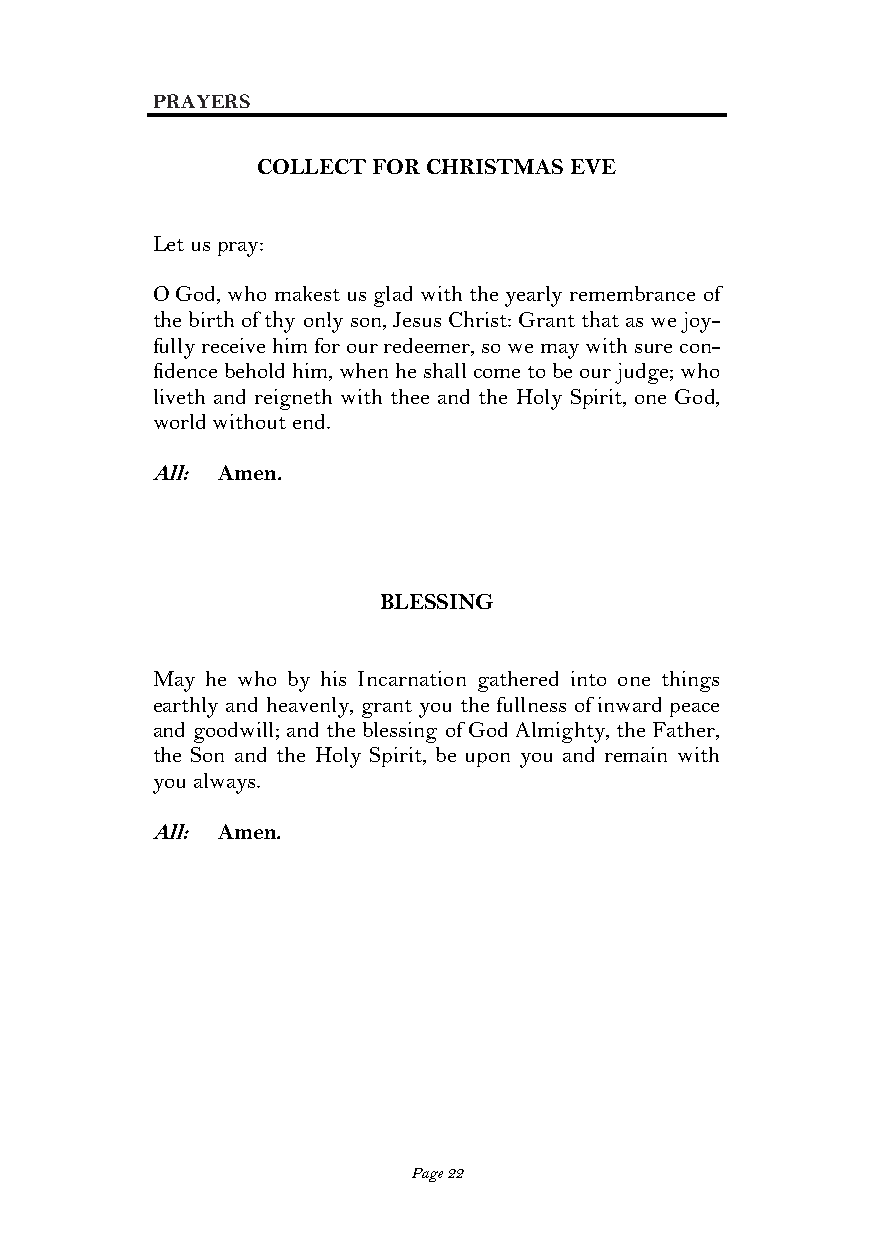
PRAYERS
 COLLECT FOR CHRISTMAS EVE
 Let us pray:
 O God, who makest us glad with the yearly remembrance of
 the birth of thy only son, Jesus Christ: Grant that as we joy-
 fully receive him for our redeemer, so we may with sure con-
 fidence behold him, when he shall come to be our judge; who
 liveth and reigneth with thee and the Holy Spirit, one God,
 world without end.
 All: Amen.
 BLESSING
 May he who by his Incarnation gathered into one things
 earthly and heavenly, grant you the fullness of inward peace
 and goodwill; and the blessing of God Almighty, the Father,
 the Son and the Holy Spirit, be upon you and remain with
 you always.
 All: Amen.
 Page 22